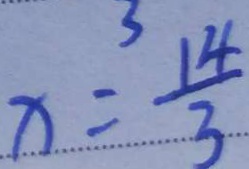
x = \frac { 1 4 } { 3 }